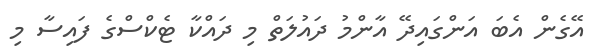
އޭގެން އެބަ އަންގައިދޭ އާންމު ދައުލަތް މި ދައްކާ ޓެކްސްގެ ފައިސާ މި